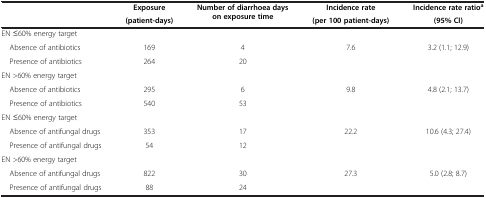
<table><thead><tr><td rowspan="2"><b> </b></td><td><b>Exposure</b></td><td rowspan="2"><b>Number of diarrhoea days on exposure time</b></td><td><b>Incidence rate</b></td><td><b>Incidence rate ratio<sup>a</sup></b></td></tr><tr><td><b>(patient-days)</b></td><td><b>(per 100 patient-days)</b></td><td><b>(95% CI)</b></td></tr></thead><tbody><tr><td>EN ≤60% energy target</td><td> </td><td> </td><td> </td><td> </td></tr><tr><td> Absence of antibiotics</td><td>169</td><td>4</td><td rowspan="2">7.6</td><td rowspan="2">3.2 (1.1; 12.9)</td></tr><tr><td> Presence of antibiotics</td><td>264</td><td>20</td></tr><tr><td>EN &gt;60% energy target</td><td> </td><td> </td><td> </td><td> </td></tr><tr><td> Absence of antibiotics</td><td>295</td><td>6</td><td rowspan="2">9.8</td><td rowspan="2">4.8 (2.1; 13.7)</td></tr><tr><td> Presence of antibiotics</td><td>540</td><td>53</td></tr><tr><td>EN ≤60% energy target</td><td> </td><td> </td><td> </td><td> </td></tr><tr><td> Absence of antifungal drugs</td><td>353</td><td>17</td><td rowspan="2">22.2</td><td rowspan="2">10.6 (4.3; 27.4)</td></tr><tr><td> Presence of antifungal drugs</td><td>54</td><td>12</td></tr><tr><td>EN &gt;60% energy target</td><td> </td><td> </td><td> </td><td> </td></tr><tr><td> Absence of antifungal drugs</td><td>822</td><td>30</td><td rowspan="2">27.3</td><td rowspan="2">5.0 (2.8; 8.7)</td></tr><tr><td> Presence of antifungal drugs</td><td>88</td><td>24</td></tr></tbody></table>